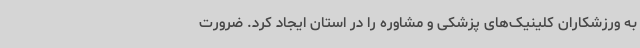
به ورزشکاران کلینیک‌های پزشکی و مشاوره را در استان ایجاد کرد. ضرورت